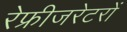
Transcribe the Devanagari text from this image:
रेफ्रीजरेटरों